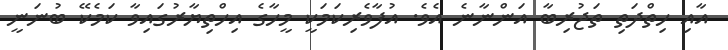
އާއި ހިތްދަތި ތަޖުރިބާ އަންނާނެ އެވެ. އުފާވެރިކަމަކީ މީހާގެ އިހްތިޔާރުގައިވާ ކަމެކޭ ބުނަނީ